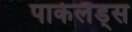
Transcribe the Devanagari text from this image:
पार्कलैंड्स